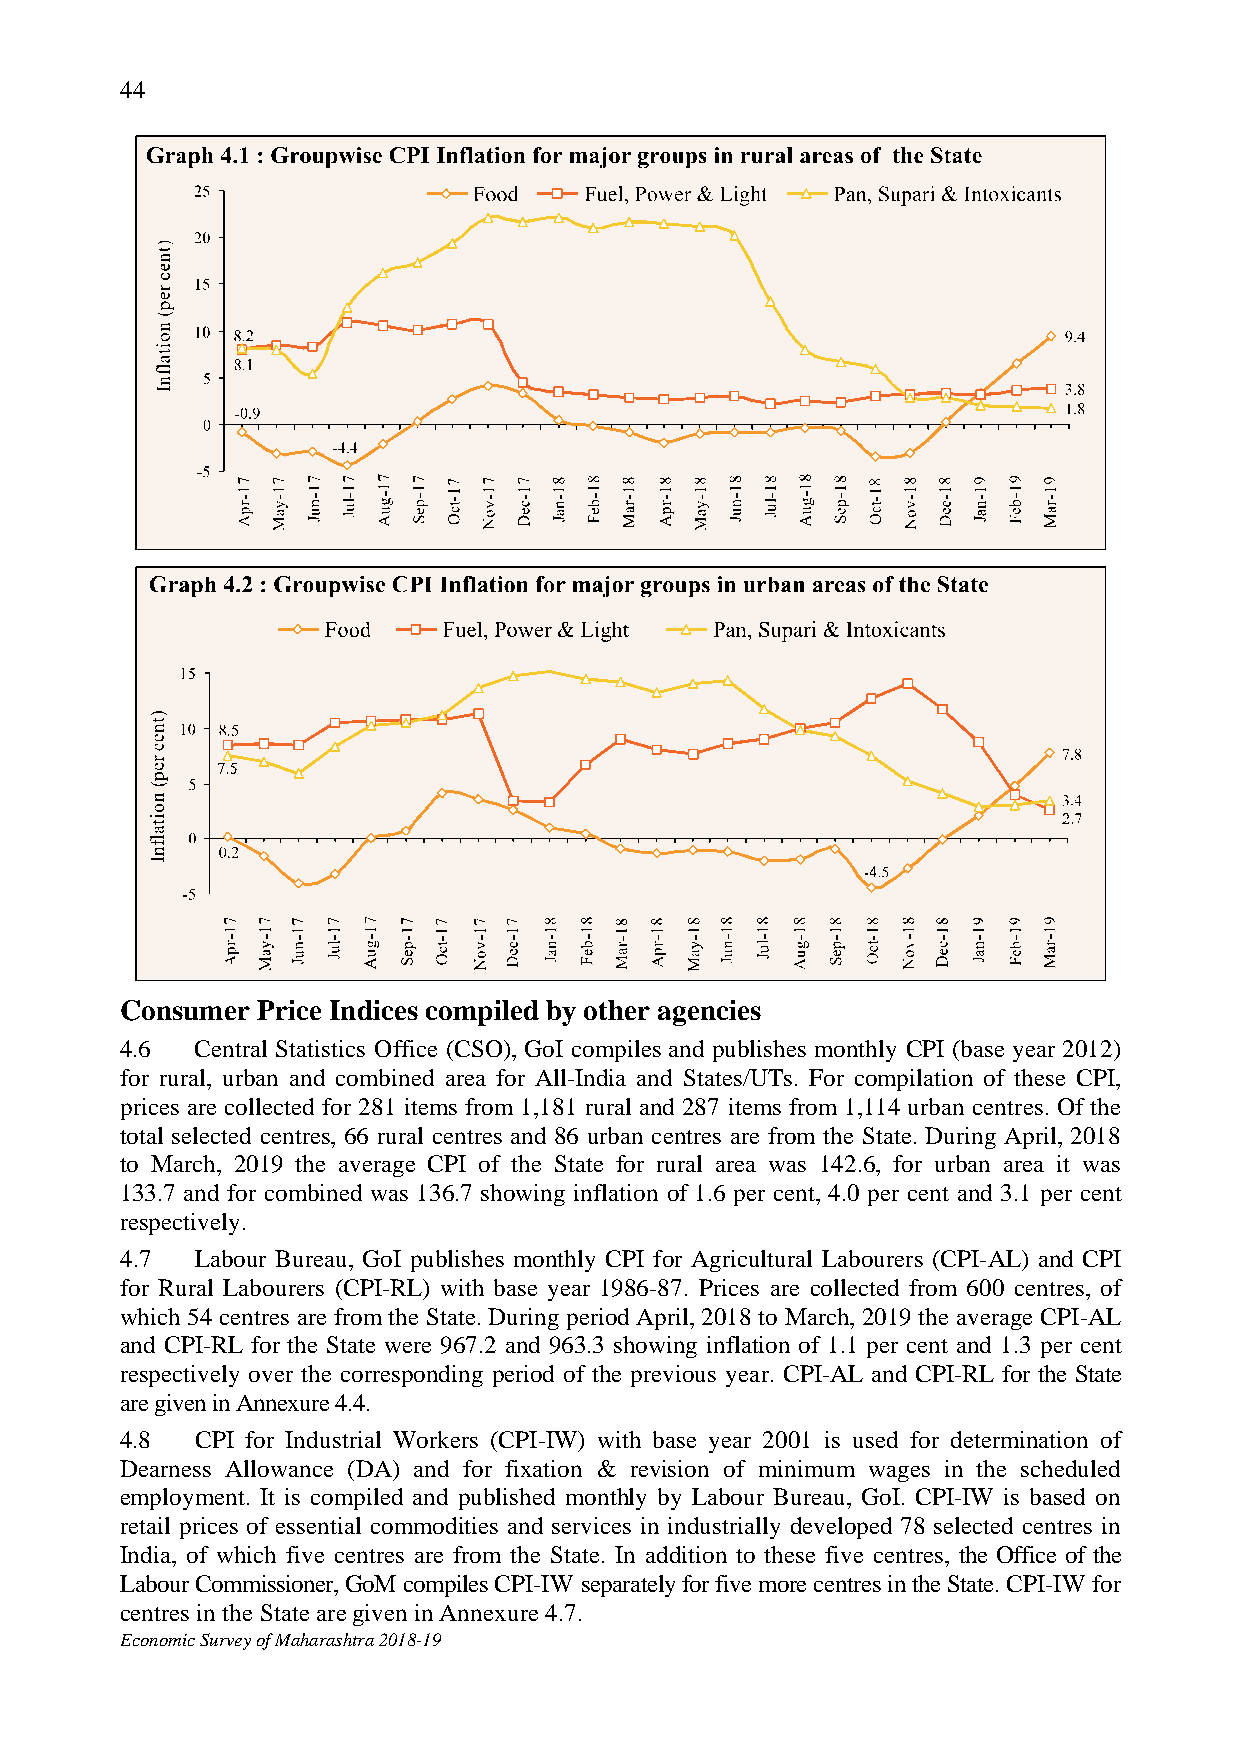
44
 Consumer Price Indices compiled by other agencies
 4.6  Central Statistics Office (CSO), GoI compiles and publishes monthly CPI (base year 2012)
 for rural, urban and combined area for All-India and States/UTs. For compilation of these CPI,
 prices are collected for 281 items from 1,181 rural and 287 items from 1,114 urban centres. Of the
 total selected centres, 66 rural centres and 86 urban centres are from the State. During April, 2018
 to March, 2019 the average CPI of the State for rural area was 142.6, for urban area it was
 133.7 and for combined was 136.7 showing inflation of 1.6 per cent, 4.0 per cent and 3.1 per cent
 respectively.
 4.7  Labour Bureau, GoI publishes monthly CPI for Agricultural Labourers (CPI-AL) and CPI
 for Rural Labourers (CPI-RL) with base year 1986-87. Prices are collected from 600 centres, of
 which 54 centres are from the State. During period April, 2018 to March, 2019 the average CPI-AL
 and CPI-RL for the State were 967.2 and 963.3 showing inflation of 1.1 per cent and 1.3 per cent
 respectively over the corresponding period of the previous year. CPI-AL and CPI-RL for the State
 are given in Annexure 4.4.
 4.8  CPI for Industrial Workers (CPI-IW) with base year 2001 is used for determination of
 Dearness Allowance (DA) and for fixation & revision of minimum wages in the scheduled
 employment. It is compiled and published monthly by Labour Bureau, GoI. CPI-IW is based on
 retail prices of essential commodities and services in industrially developed 78 selected centres in
 India, of which five centres are from the State. In addition to these five centres, the Office of the
 Labour Commissioner, GoM compiles CPI-IW separately for five more centres in the State. CPI-IW for
 centres in the State are given in Annexure 4.7.
 Economic Survey of Maharashtra 2018-19